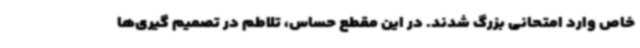
خاص وارد امتحانی بزرگ شدند. در این مقطع حساس، تلاطم در تصمیم گیری‌ها